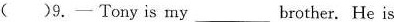
( )9.——Tony is my_____ brother. He is